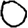
Digit: 0